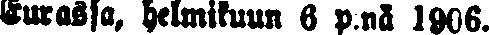
Eurassa, helmikuun 6 p:nä 1906.